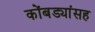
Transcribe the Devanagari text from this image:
कोंबड्यांसह